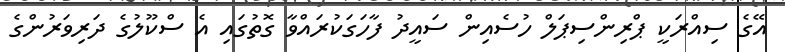
އޭގެ ސިއްރަކީ ޕްރިންސިޕަލް ހުސެއިން ސައީދު ފާހަގަކުރައްވާ ގޮތުގައި އެ ސްކޫލުގެ ދަރިވަރުންގެ